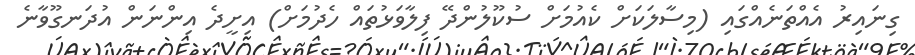
ގިނައިރު އެއްތަނެއްގައި (މިސާލަކަށް ކެއުމަށް ސުކޫލުންދޭ ފިލާވަޅުތައް ހެދުމަށް) އިށީދެ އިންނަން އުދަނގޫވާނެ